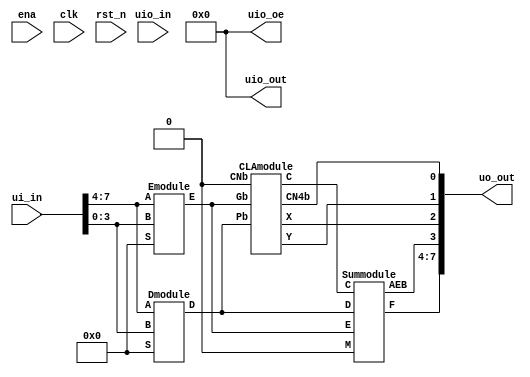
// This program was cloned from: https://github.com/sidirima/alu_74181_vlsi
// License: Apache License 2.0

/*
 * Copyright (c) 2024 Your Name
 * SPDX-License-Identifier: Apache-2.0
 */

`default_nettype none

module tt_um_74181 (
    input  wire [7:0] ui_in,    // Dedicated inputs
    output wire [7:0] uo_out,   // Dedicated outputs
    input  wire [7:0] uio_in,   // IOs: Input path
    output wire [7:0] uio_out,  // IOs: Output path
    output wire [7:0] uio_oe,   // IOs: Enable path (active high: 0=input, 1=output)
    input  wire       ena,      // always 1 when the design is powered, so you can ignore it
    input  wire       clk,      // clock
    input  wire       rst_n     // reset_n - low to reset
);
    wire [3:0] A, B, S;
    wire CNb, M;
    wire [3:0] F;
    wire X,Y,CN4b,AEB;

    //Assigning the input A and B pins
    assign uio_out = 8'b0;
    assign {A,B} = ui_in;
    assign {S,CNb,M} = uio_out; // Setting bidirectional bits as inputs
    assign uio_out[1:0] = 2'b0;
    assign uio_oe = 8'b0; // Output enable = 0

    
    assign uo_out = {F,AEB,X,Y,CN4b}; // Example: ou_out is the sum of ui_in and uio_in

    wire [3:0] E, D, C, Bb; // Assign temporary modules
    Emodule Emod1 (A, B, S, E);
    Dmodule Dmod2 (A, B, S, D);
    CLAmodule CLAmod3(E, D, CNb, C, X, Y, CN4b);
    Summodule Summod4(E, D, C, M, F, AEB);

endmodule

module Emodule (A, B, S, E);

  input [3:0] A, B, S;
  output [3:0] E;
  wire [3:0]  ABS3, ABbS2;

  assign ABS3 = A&B&{4{S[3]}};
  assign ABbS2 = A&~B&{4{S[2]}};
  assign E = ~(ABS3|ABbS2);

endmodule /* Emodule */

/*************************************************************************/

module Dmodule (A, B, S, D);

  input [3:0] A, B, S;
  output [3:0] D;
  wire [3:0]  BbS1, BS0;  

  assign BbS1 = ~B&{4{S[1]}};
  assign BS0 = B&{4{S[0]}};
  assign D = ~(BbS1|BS0|A);

endmodule /* Dmodule */

/*************************************************************************/

module CLAmodule(Gb, Pb, CNb, C, X, Y, CN4b);

  input [3:0] Gb, Pb;
  input CNb; 
  output [3:0] C;
  output X, Y, CN4b;

  assign C[0] = ~CNb;
  assign C[1] = ~(Pb[0]|(CNb&Gb[0]));
  assign C[2] = ~(Pb[1]|(Pb[0]&Gb[1])|(CNb&Gb[0]&Gb[1]));
  assign C[3] = ~(Pb[2]|(Pb[1]&Gb[2])|(Pb[0]&Gb[1]&Gb[2])|(CNb&Gb[0]&Gb[1]&Gb[2]));
  assign X = ~&Gb;
  assign Y = ~(Pb[3]|(Pb[2]&Gb[3])|(Pb[1]&Gb[2]&Gb[3])|(Pb[0]&Gb[1]&Gb[2]&Gb[3]));
  assign CN4b = ~(Y&~(&Gb&CNb));

endmodule /* CLAmodule */

/*************************************************************************/

module Summodule(E, D, C, M, F, AEB);

  input [3:0] E, D, C;
  input M; 
  output [3:0] F;
  output AEB;

  assign F = (E ^ D) ^ (C|{4{M}});
  assign AEB = &F;

endmodule /* Summodule */